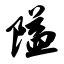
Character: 隘